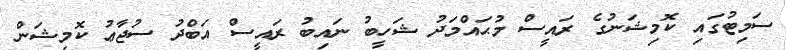
ސަމިޓުގައި ކޮމިޝަނުގެ ރައީސް މުޙައްމަދު ޝަހީބު ނައިބު ރައީސް އަބްދު ސުޖާޢު ކޮމިޝަން